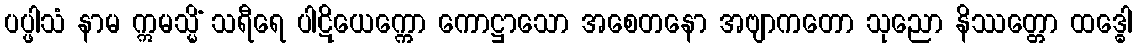
ပပ္ဖါသံ နာမ ဣမသ္မိံ သရီရေ ပါဋိယေက္ကော ကောဋ္ဌာသော အစေတနော အဗျာကတော သုညော နိဿတ္တော ထဒ္ဓေါ